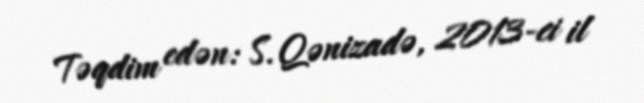
Təqdim edən: S. Qənizadə, 2013-ci il